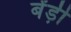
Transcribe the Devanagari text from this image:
बेंड़ी